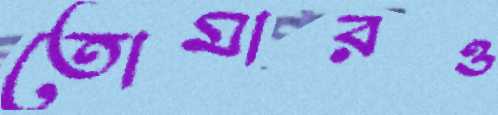
তোমারও